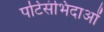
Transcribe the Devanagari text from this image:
पटिसंभिदाओं